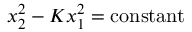
x _ { 2 } ^ { 2 } - K x _ { 1 } ^ { 2 } = \mathrm { c o n s t a n t }